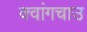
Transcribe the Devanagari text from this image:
क्वांगचाउ